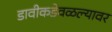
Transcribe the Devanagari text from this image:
डावीकडेवळल्यावर